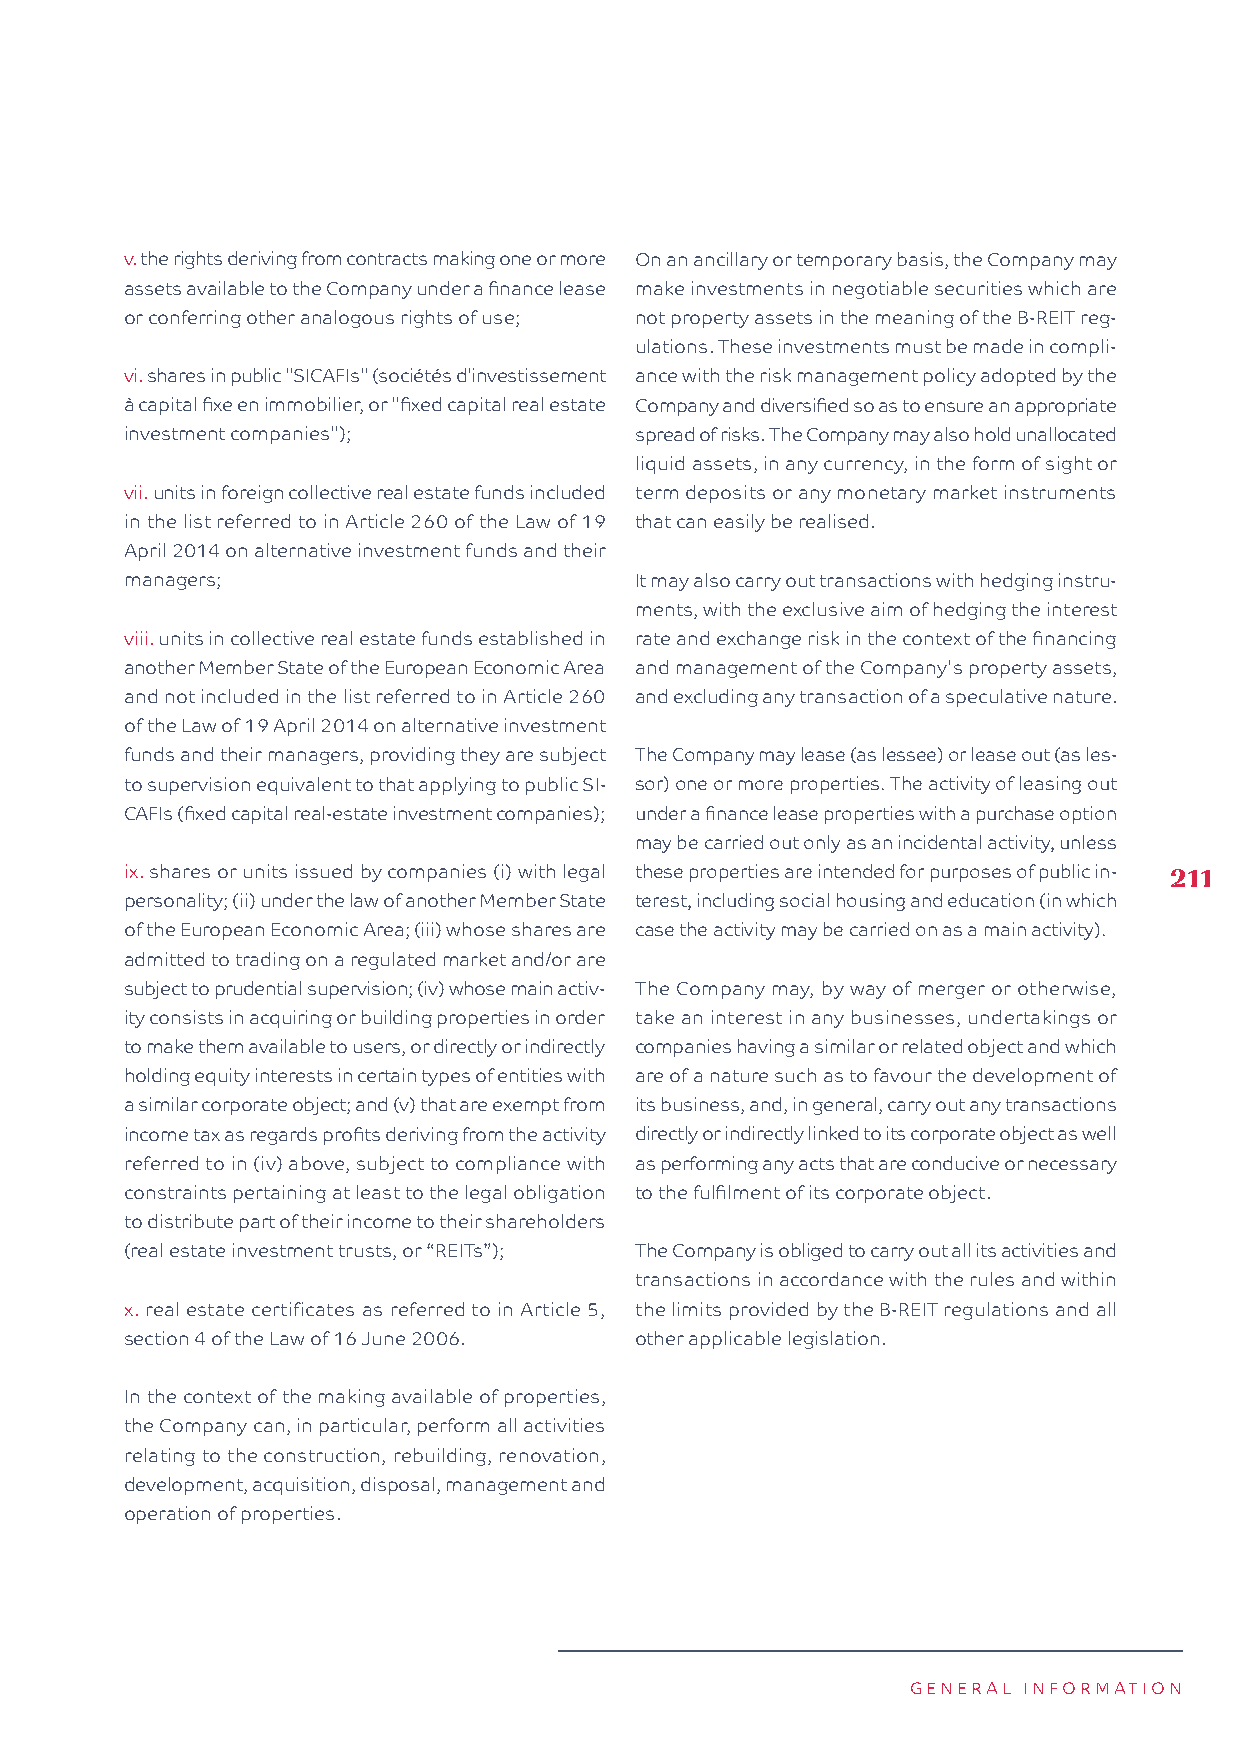
v. the rights deriving from contracts making one or more On an ancillary or temporary basis, the Company may
 assets available to the Company under a finance lease make investments in negotiable securities which are
 or conferring other analogous rights of use; not property assets in the meaning of the B-REIT reg-
 ulations. These investments must be made in compli-
 vi. shares in public "SICAFIs" (sociétés d'investissement ance with the risk management policy adopted by the
 à capital fixe en immobilier, or "fixed capital real estate Company and diversified so as to ensure an appropriate
 investment companies");           spread of risks. The Company may also hold unallocated
 liquid assets, in any currency, in the form of sight or
 vii. units in foreign collective real estate funds included term deposits or any monetary market instruments
 in the list referred to in Article 260 of the Law of 19 that can easily be realised.
 April 2014 on alternative investment funds and their
 managers;                         It may also carry out transactions with hedging instru-
 ments, with the exclusive aim of hedging the interest
 viii. units in collective real estate funds established in rate and exchange risk in the context of the financing
 another Member State of the European Economic Area and management of the Company's property assets,
 and not included in the list referred to in Article 260 and excluding any transaction of a speculative nature.
 of the Law of 19 April 2014 on alternative investment
 funds and their managers, providing they are subject The Company may lease (as lessee) or lease out (as les-
 to supervision equivalent to that applying to public SI- sor) one or more properties. The activity of leasing out
 CAFIs (fixed capital real-estate investment companies); under a finance lease properties with a purchase option
 may be carried out only as an incidental activity, unless
 ix. shares or units issued by companies (i) with legal these properties are intended for purposes of public in- 211
 personality; (ii) under the law of another Member State terest, including social housing and education (in which
 of the European Economic Area; (iii) whose shares are case the activity may be carried on as a main activity).
 admitted to trading on a regulated market and/or are
 subject to prudential supervision; (iv) whose main activ- The Company may, by way of merger or otherwise,
 ity consists in acquiring or building properties in order take an interest in any businesses, undertakings or
 to make them available to users, or directly or indirectly companies having a similar or related object and which
 holding equity interests in certain types of entities with are of a nature such as to favour the development of
 a similar corporate object; and (v) that are exempt from its business, and, in general, carry out any transactions
 income tax as regards profits deriving from the activity directly or indirectly linked to its corporate object as well
 referred to in (iv) above, subject to compliance with as performing any acts that are conducive or necessary
 constraints pertaining at least to the legal obligation to the fulfilment of its corporate object.
 to distribute part of their income to their shareholders
 (real estate investment trusts, or “REITs”); The Company is obliged to carry out all its activities and
 transactions in accordance with the rules and within
 x. real estate certificates as referred to in Article 5, the limits provided by the B-REIT regulations and all
 section 4 of the Law of 16 June 2006. other applicable legislation.
 In the context of the making available of properties,
 the Company can, in particular, perform all activities
 relating to the construction, rebuilding, renovation,
 development, acquisition, disposal, management and
 operation of properties.
 GENERAL INFORMATION